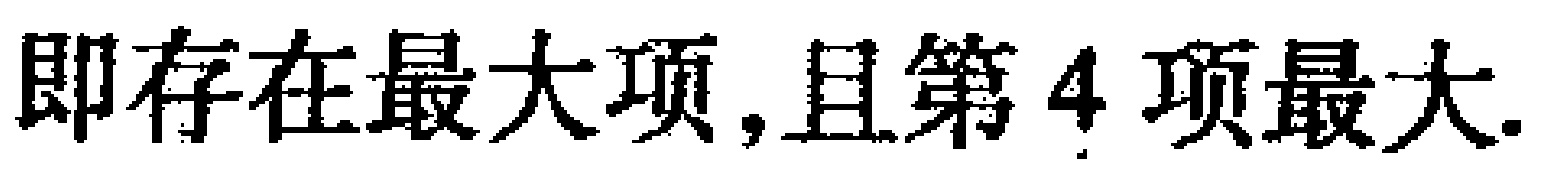
即存在最大项,且第 4 项最大.